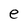
Character: e